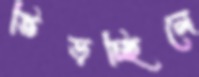
ভিড়চ্ছিলে